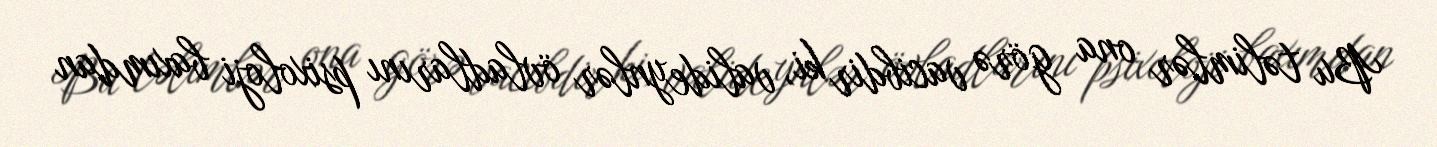
Bu təlimlər ona görə vacibdir ki, valideynlər övladlarını psixoloji baxımdan